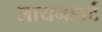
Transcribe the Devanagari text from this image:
लायनहार्ट